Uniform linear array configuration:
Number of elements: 24
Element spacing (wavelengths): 0.75
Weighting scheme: hamming
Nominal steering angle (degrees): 0
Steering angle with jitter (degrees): -1.75
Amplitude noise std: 0.05
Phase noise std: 0.05

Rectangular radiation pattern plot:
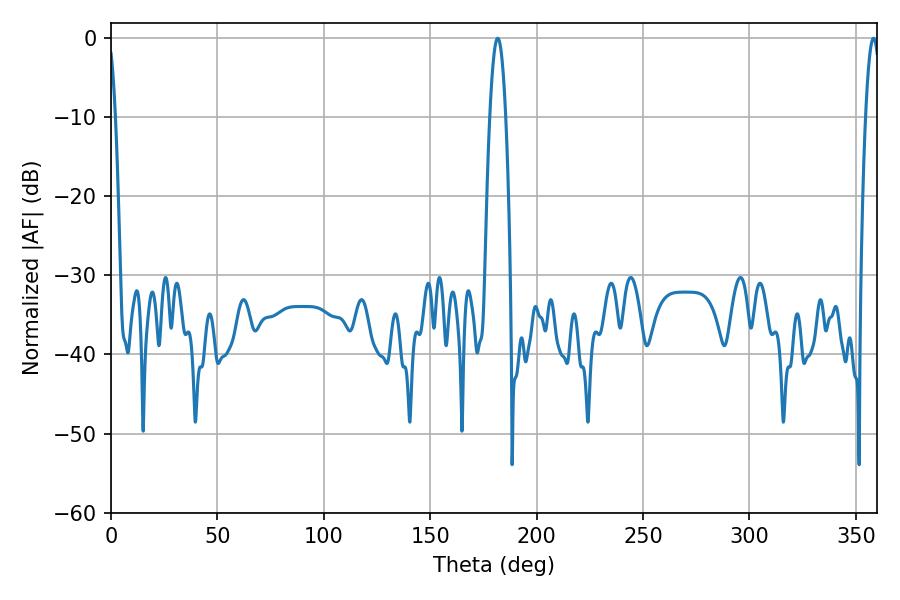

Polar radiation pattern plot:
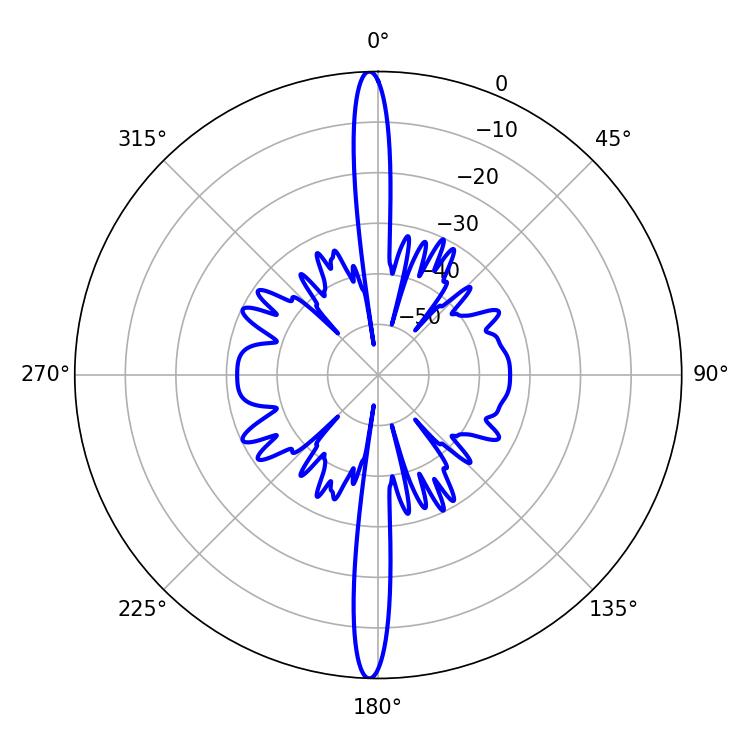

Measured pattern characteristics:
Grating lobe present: TRUE
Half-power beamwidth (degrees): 3.78
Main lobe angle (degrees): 358.38